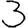
Digit: 3